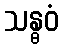
သန္ဓဝံ